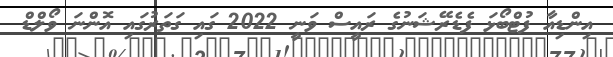
އިންޑިއާ ފުޓްބޯޅަ ފެޑެރޭޝަނުގެ ރައީސް ވަނީ 2022 ގައި ގަތަރުގައި އޮންނަ ވޯލްޑް